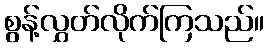
စွန့်လွှတ်လိုက်ကြသည်။